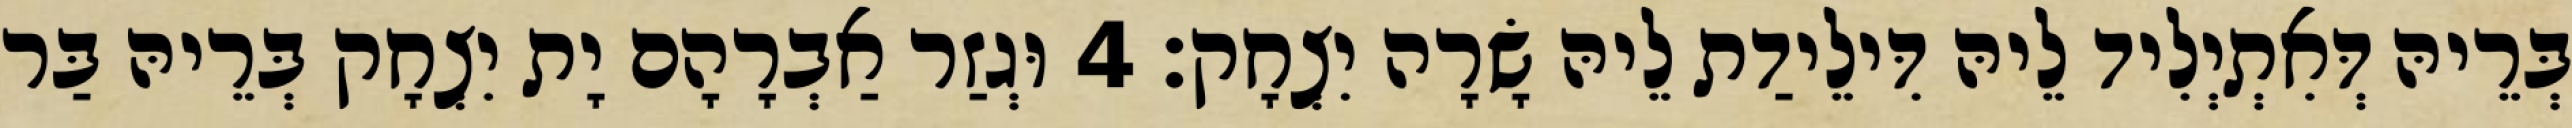
בְּרֵיהּ דְּאִתְיְלִיד לֵיהּ דִּילֵידַת לֵיהּ שָׂרָה יִצְחָק׃ 4 וּגְזַר אַבְרָהָם יָת יִצְחָק בְּרֵיהּ בַּר